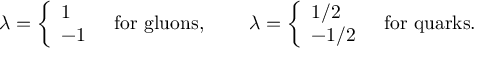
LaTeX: \lambda = \left\{ \begin{array} { l } { { 1 } } \\ { { - 1 } } \end{array} \right. ~ ~ \mathrm { f o r ~ g l u o n s , } ~ ~ ~ ~ ~ ~ ~ \lambda = \left\{ \begin{array} { l } { { 1 / 2 } } \\ { { - 1 / 2 } } \end{array} \right. ~ ~ \mathrm { f o r ~ q u a r k s . }